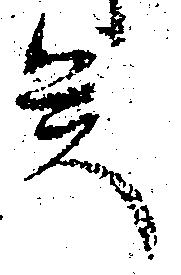
矣